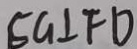
E G \bot F D